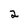
Character: 2